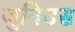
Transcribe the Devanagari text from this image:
जुनिउस